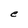
Character: e